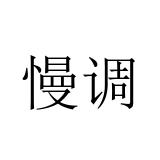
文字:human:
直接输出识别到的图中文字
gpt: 慢调